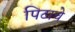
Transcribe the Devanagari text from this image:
पिटाचे